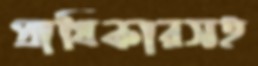
প্রাধিকারসহ